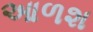
આળશ